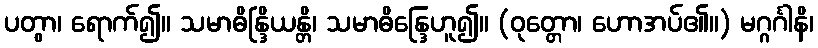
ပတွာ၊ ရောက်၍။ သမာဓိန္ဒြိယန္တိ၊ သမာဓိန္ဒြေဟူ၍။ (ဝုတ္တော၊ ဟောအပ်၏။) မဂ္ဂင်္ဂါနိ၊